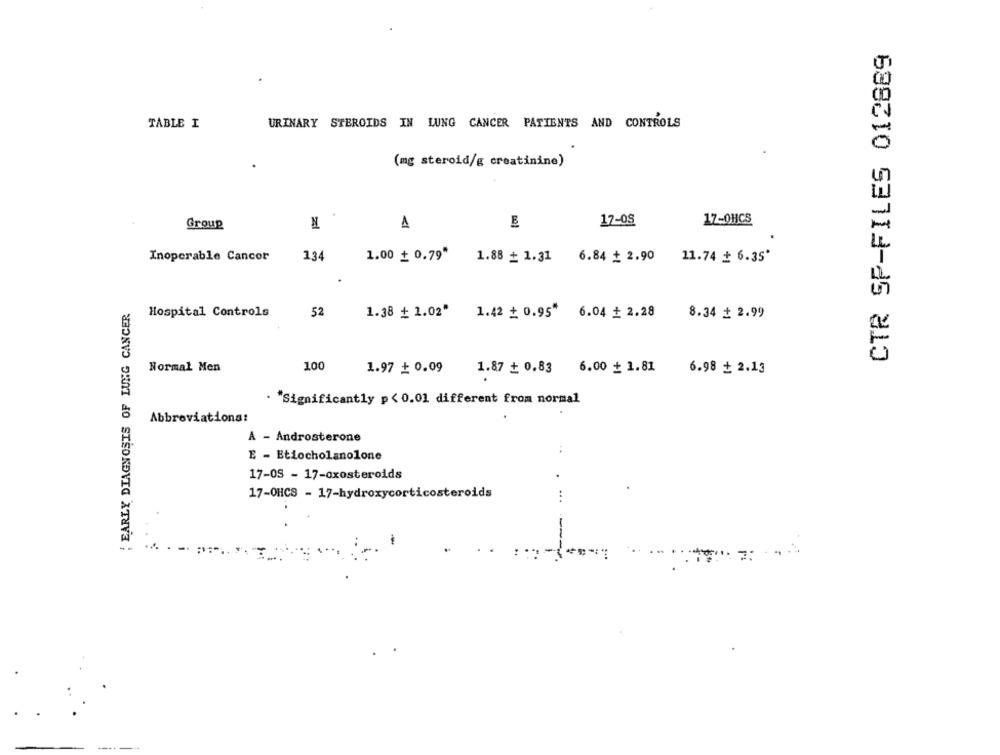
CTR SP-FILES 012889
TABLE I
URINARY STEROIDS IN LUNG CANCER PATIENTS AND CONTROLS
(mg steroid/g creatinine)
17-OHCS
Group
N
A
17-08
134
Inoperable Cancor
1.00 + 0.79"
1.88 + 1.31 6.84 + 2.90 11.74 # 6.35'
:EARLY DIAGNOSIS OF LUNG CANCER
Hospital Controls
52
1.38 + 1.02"
1.42 + 0.95* 6.04 + 2.28
8.34 + 2.99
Normal Men
100
1.97 + 0.09
1.87 + 0.83 6.00 + 1.81
6.98 + 2.13
"Significantly p<0.01 different from normal
Abbreviations:
A - Androsterone
E - Etiocholanolone
17-05 - 17-oxosteroids
17-OHCS - 17-hydroxycorticosteroids